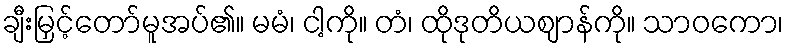
ချီးမြှင့်တော်မူအပ်၏။ မမံ၊ ငါ့ကို။ တံ၊ ထိုဒုတိယဈာန်ကို။ သာဝကော၊